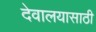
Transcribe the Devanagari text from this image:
देवालयासाठी